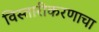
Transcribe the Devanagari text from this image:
विस्तारीकरणाचा